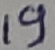
Text: 19